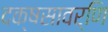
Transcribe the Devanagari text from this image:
दक्षसावर्णि